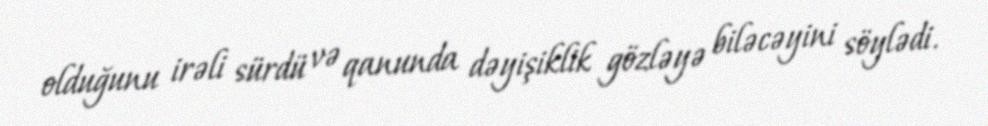
olduğunu irəli sürdü və qanunda dəyişiklik gözləyə biləcəyini söylədi.